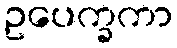
ဥပေက္ခကာ